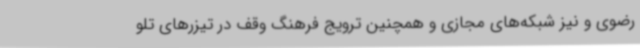
رضوی و نیز شبکه‌های مجازی و همچنین ترویج فرهنگ وقف در تیزرهای تلو